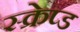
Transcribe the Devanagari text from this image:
स्क्रेप्ड